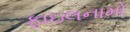
ફાઇલનામો